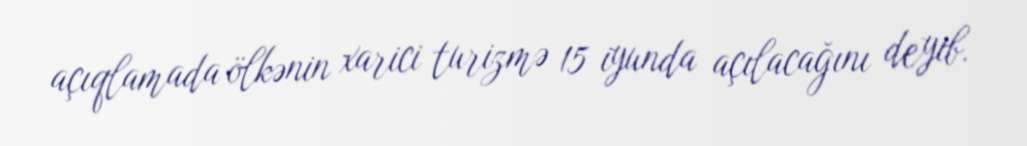
açıqlamada ölkənin xarici turizmə 15 iyunda açılacağını deyib.